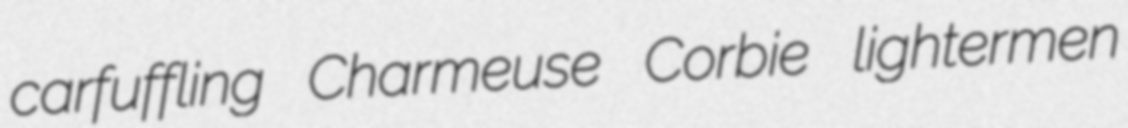
carfuffling Charmeuse Corbie lightermen